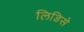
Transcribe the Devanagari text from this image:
लिडिसे